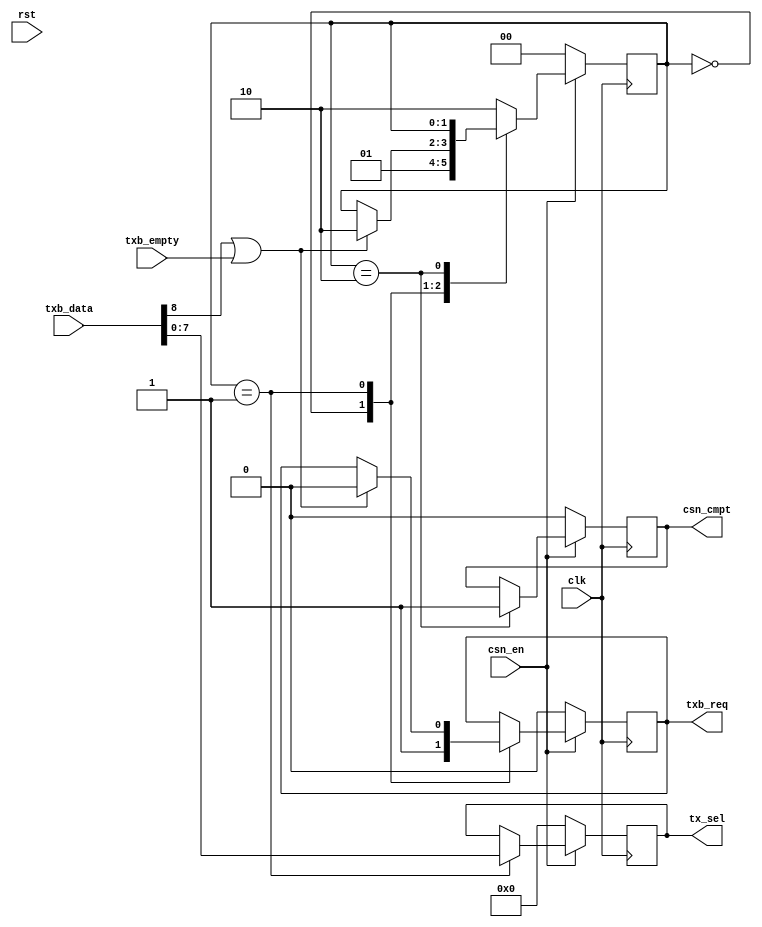
`timescale 1ns / 1ps
//////////////////////////////////////////////////////////////////////////////////
// Company:
// Engineer:
//
// Design Name:
// Module Name: Tc_PL_bus_tx_csn
// Project Name:
// Target Devices:
// Tool Versions:
// Description:
//
// Dependencies:
//
// Revision:
// Revision 0.01 - File Created
// Additional Comments:
//
//////////////////////////////////////////////////////////////////////////////////


module Tc_PL_bus_tx_csn
#(
parameter AGP0_23	= 9    ,
	        AGP0_25	= 8
)(
input                     clk          ,
input                     rst          ,
input                     csn_en       ,
output                    csn_cmpt     ,
output     [AGP0_25-1:0]  tx_sel       ,
output                    txb_req      ,
input      [AGP0_23-1:0]  txb_data     ,
input                     txb_empty
    );

reg               t_csn_cmpt =0;
reg [AGP0_25-1:0] t_tx_sel   =0;
reg               t_txb_req  =0;

localparam S_INIT = 0,
           S_CSEL = 1,
           S_CMPT = 2;
reg[1:0] state = S_INIT;
always@(posedge clk)begin
	if(!csn_en)begin
		state      <= S_INIT;
		t_csn_cmpt <= 0     ;
		t_tx_sel   <= 0     ;
		t_txb_req  <= 0     ;
	end else begin
		case(state)
			S_INIT :begin
				state      <= S_CSEL;
				t_txb_req  <= 1     ;
			end
			S_CSEL :begin
				if(txb_data[AGP0_23-1]|txb_empty)begin
					state      <= S_CMPT;
					t_txb_req  <= 0     ;
				end
				t_tx_sel   <= txb_data;
			end
			S_CMPT :begin
				t_csn_cmpt <= 1     ;
			end
			default:begin
				state      <= S_CMPT;
			end
		endcase
	end
end

assign csn_cmpt = t_csn_cmpt ;
assign tx_sel   = t_tx_sel   ;
assign txb_req  = t_txb_req  ;

endmodule